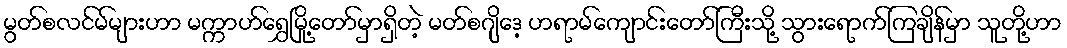
မွတ်စလင်မ်များဟာ မက္ကာဟ်ရွှေမြို့တော်မှာရှိတဲ့ မတ်စဂျိဒေ့ ဟရာမ်ကျောင်းတော်ကြီးသို့ သွားရောက်ကြချိန်မှာ သူတို့ဟာ